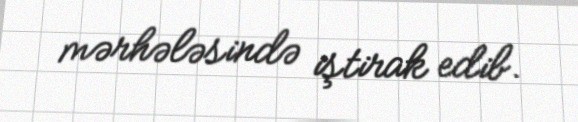
mərhələsində iştirak edib.